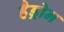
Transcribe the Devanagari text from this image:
हैड्रोन